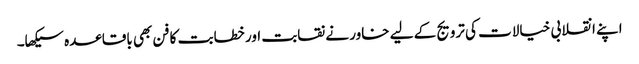
اپنے انقلابی خیالات کی ترویج کے لیے خاور نے نقابت اور خطابت کا فن بھی باقاعدہ سیکھا۔